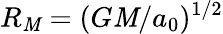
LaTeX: R_{\mathit{M}}=(G\mathit{M}/a_{0})^{1/2}